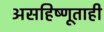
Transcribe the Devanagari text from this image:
असहिष्णूताही